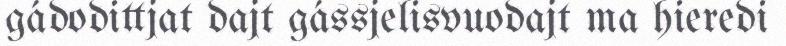
gádodittjat dajt gássjelisvuodajt ma hieredi